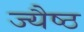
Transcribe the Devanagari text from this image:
ज्यैष्ठ